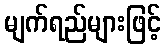
မျက်ရည်များဖြင့်